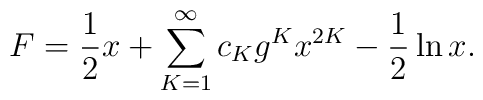
F = \frac{1}{2}x + \sum_{K=1}^{\infty}c_K g^K x^{2K}    - \frac{1}{2}\ln x.